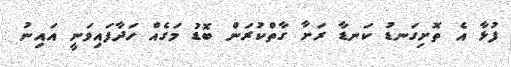
ފުޅާ އެ ތޮށިގަނޑު ކަނޑާ ރަށާ ގާތްކުރަން ބޮޑު މަގެއް ހަދާފައިވަނީ އައިނު